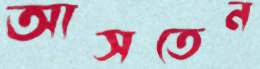
আসতেন